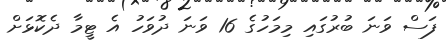
ފަސް ވަނަ ބުރުގައި މިމަހުގެ 16 ވަނަ ދުވަހު އެ ޓީމާ ދެކޮޅަށް